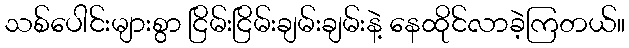
သစ်ပေါင်းများစွာ ငြိမ်းငြိမ်းချမ်းချမ်းနဲ့ နေထိုင်လာခဲ့ကြတယ်။